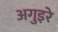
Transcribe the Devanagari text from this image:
अगुइरे